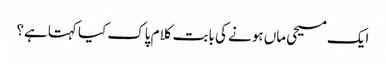
﻿ ایک مسیحی ماں ہونے کی بابت کلام پاک کیا کہتاہے؟